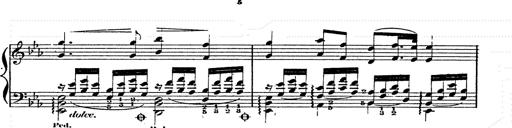
Title: Franz Schuberts geistliche Lieder
Composer: Franz Liszt